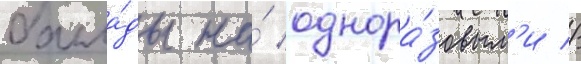
балла́ды на́ однора́зовым'и //